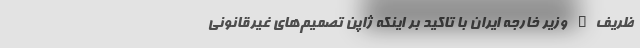
ظریف" وزیر خارجه ایران با تاکید بر اینکه ژاپن تصمیم‌های غیرقانونی